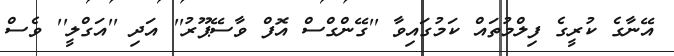
އޭނާގެ ކުރީގެ ފިލްމުތައް ކަމުގައިވާ ''ގޭންގްސް އޮފް ވާސޭޕޫރު'' އަދި ''އަގްލީ'' ވެސް